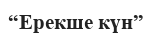
“Ерекше күн”